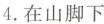
4，在山脚下